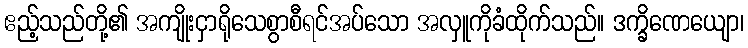
ဧည့်သည်တို့၏ အကျိုးငှာရိုသေစွာစီရင်အပ်သော အလှူကိုခံထိုက်သည်။ ဒက္ခိဏေယျော၊